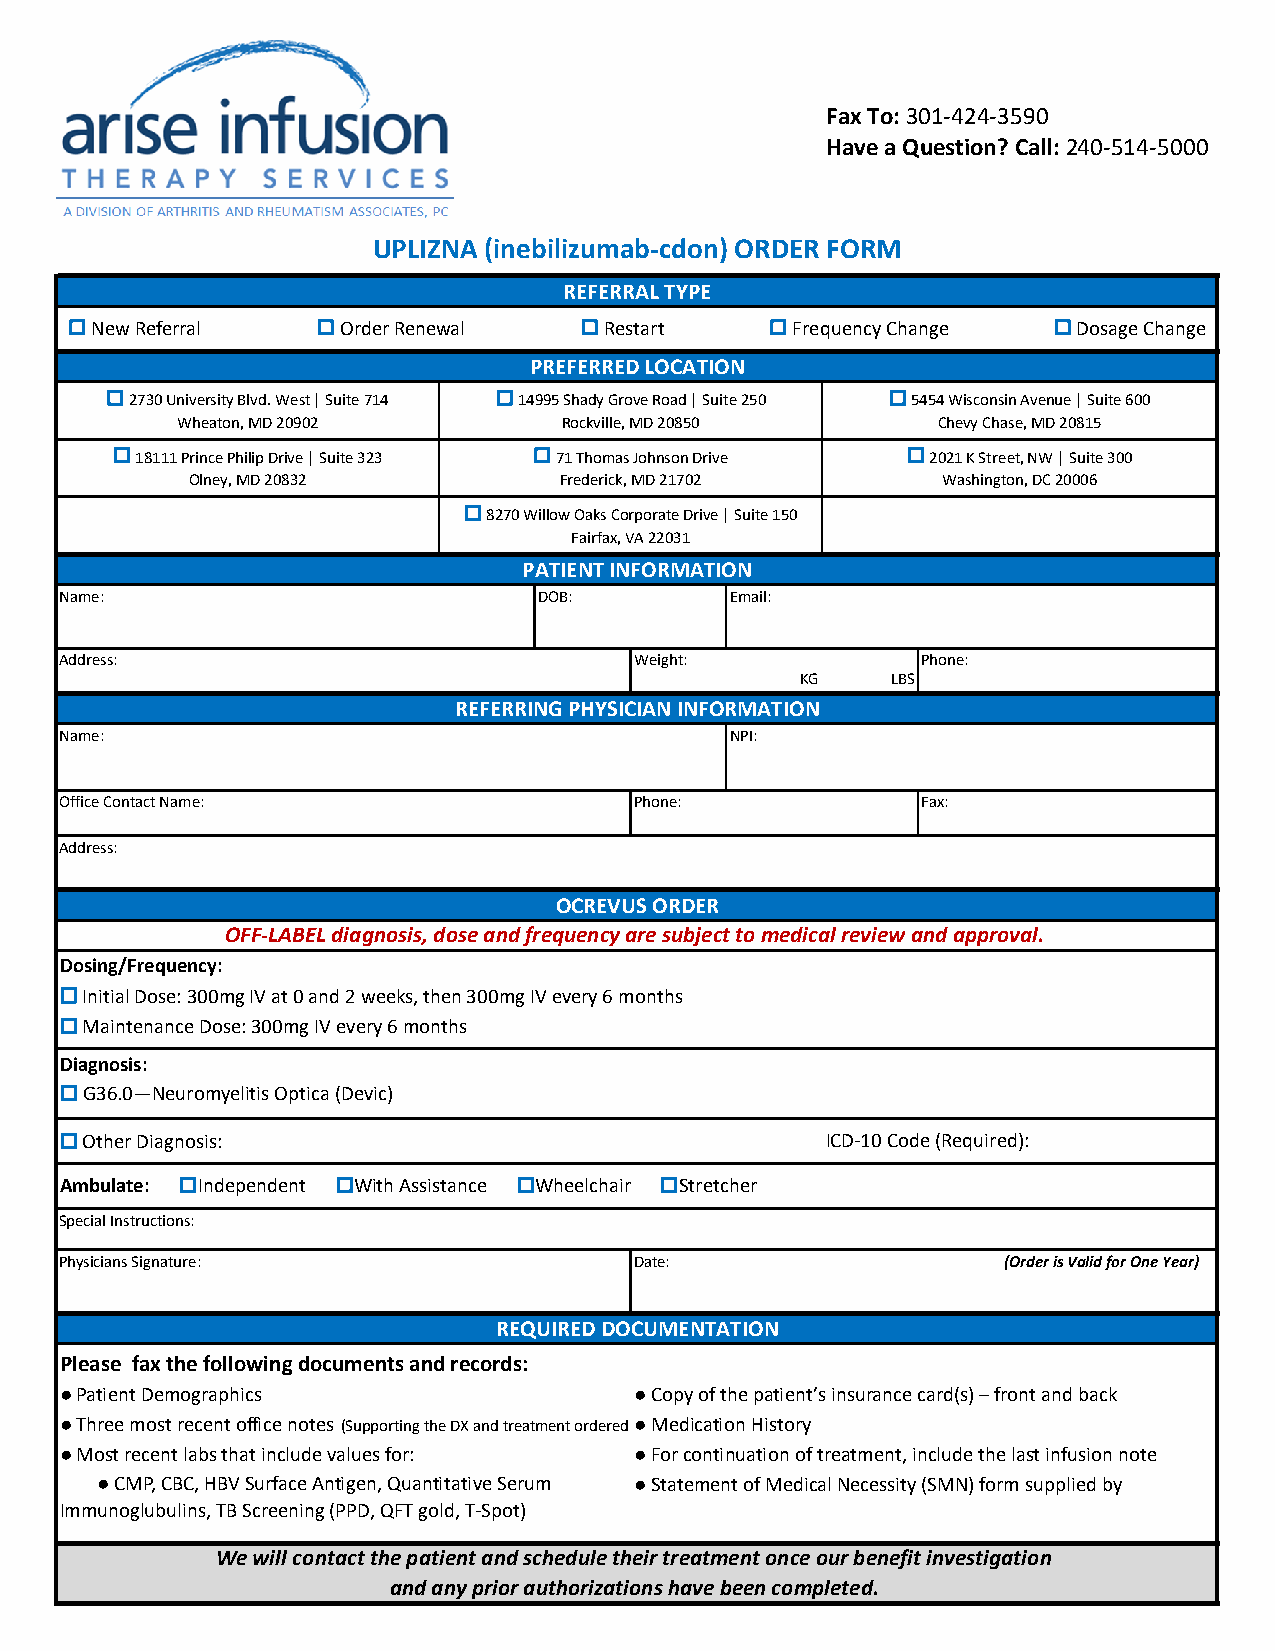
Fax To: 301-424-3590
 Have a Question? Call: 240-514-5000
 UPLIZNA (inebilizumab-cdon) ORDER FORM
 REFERRAL TYPE
 o New Referral  o Order Renewal  o Restart    o Frequency Change o Dosage Change
 PREFERRED LOCATION
 o 2730 University Blvd. West | Suite 714 o 14995 Shady Grove Road | Suite 250 o 5454 Wisconsin Avenue | Suite 600
 Wheaton, MD 20902        Rockville, MD 20850      Chevy Chase, MD 20815
 o 18111 Prince Philip Drive | Suite 323 o 71 Thomas Johnson Drive o 2021 K Street, NW | Suite 300
 Olney, MD 20832          Frederick, MD 21702      Washington, DC 20006
 o 8270 Willow Oaks Corporate Drive | Suite 150
 Fairfax, VA 22031
 PATIENT INFORMATION
 Name:                           DOB:        Email:
 Address:                              Weight:            Phone:
 KG    LBS
 REFERRING PHYSICIAN INFORMATION
 Name:                                       NPI:
 Office Contact Name:                  Phone:             Fax:
 Address:
 OCREVUS ORDER
 OFF-LABEL diagnosis, dose and frequency are subject to medical review and approval.
 Dosing/Frequency:
 o Initial Dose: 300mg IV at 0 and 2 weeks, then 300mg IV every 6 months
 o Maintenance Dose: 300mg IV every 6 months
 Diagnosis:
 o G36.0—Neuromyelitis Optica (Devic)
 o Other Diagnosis:                                 ICD-10 Code (Required):
 Ambulate: oIndependent oWith Assistance oWheelchair oStretcher
 Special Instructions:
 Physicians Signature:                 Date:                   (Order is Valid for One Year)
 REQUIRED DOCUMENTATION
 Please fax the following documents and records:
 ● Patient Demographics                ● Copy of the patient’s insurance card(s) – front and back
 ● Three most recent office notes (Supporting the DX and treatment ordered)● Medication History
 ● Most recent labs that include values for: ● For continuation of treatment, include the last infusion note
 ● CMP, CBC, HBV Surface Antigen, Quantitative Serum ● Statement of Medical Necessity (SMN) form supplied by
 Immunoglubulins, TB Screening (PPD, QFT gold, T-Spot)
 We will contact the patient and schedule their treatment once our benefit investigation
 and any prior authorizations have been completed.